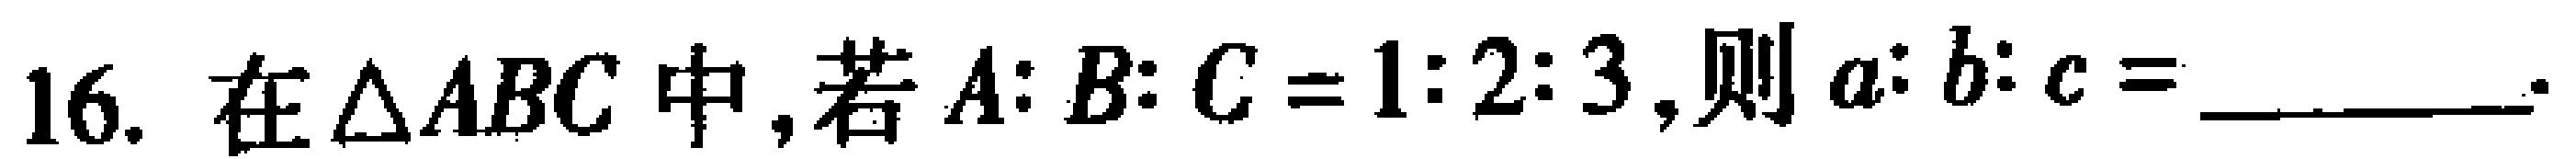
16. 在$\triangle ABC$中，若$A:B:C = 1:2:3$，则$a:b:c = \_\_\_\_\_$。